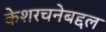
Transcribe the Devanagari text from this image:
केशरचनेबद्दल